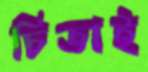
চিতাই